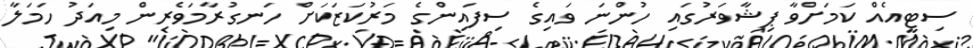
ސިޓީއެއް ކަަމަށްވާ ޕިޝާވަރުގައި ހުންނަ ވައިގެ ސިފައިންގެ މަރުކަޒަކަށް ހަނގުރާމަވެރިން މިއަދު ހަމަލާ